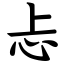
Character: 忐